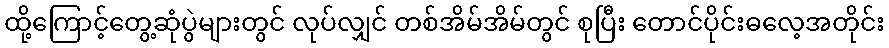
ထို့ကြောင့်တွေ့ဆုံပွဲများတွင် လုပ်လျှင် တစ်အိမ်အိမ်တွင် စုပြီး တောင်ပိုင်းဓလေ့အတိုင်း